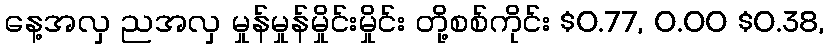
နေ့အလှ ညအလှ မှုန်မှုန်မှိုင်းမှိုင်း တို့စစ်ကိုင်း $0.77, 0.00 $0.38,